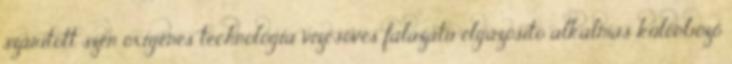
szárított szén oxigénes technológia vízcsöves falazatú elgázosító alkalmas különböző